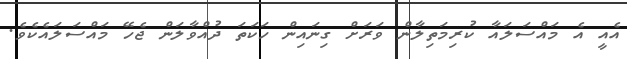
އެއީ އެ މައްސަލައާ ކުރިމަތިލާން ވަރަށް ގިނައިން ހަކަތަ ދުއްވާލަން ޖެހޭ މައްސަލައެކެވެ.